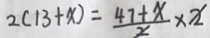
2 ( 1 3 + x ) = \frac { 4 7 + x } { x } \times x